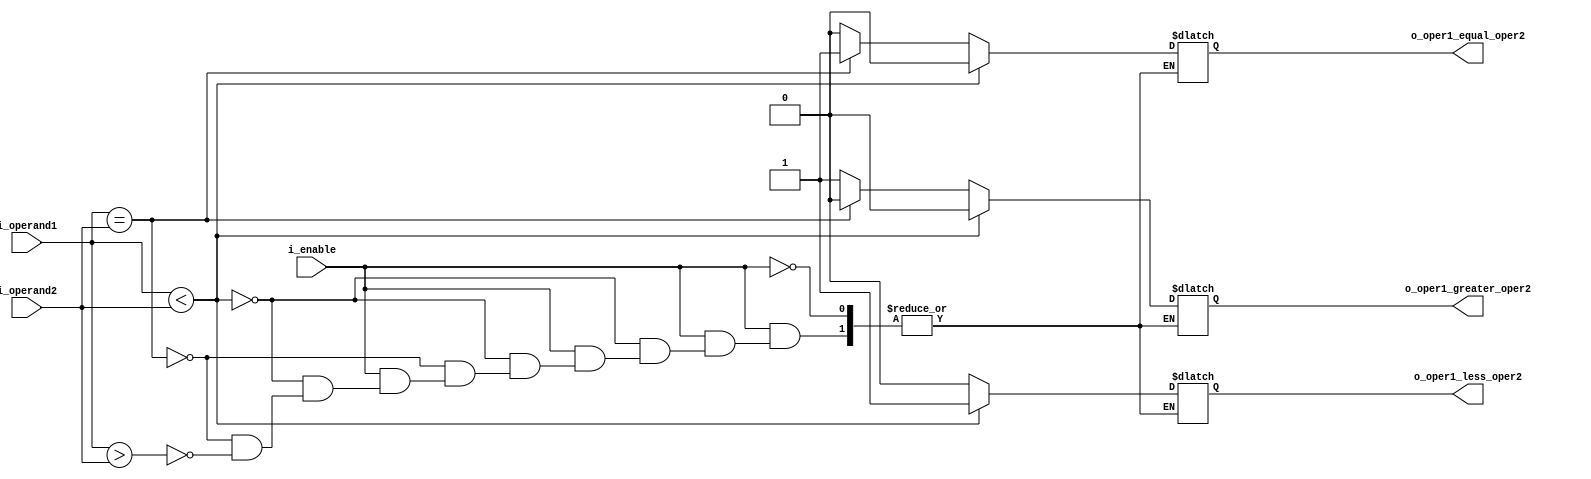
module COMPARATOR(
    input [3:0] i_operand1,
    input [3:0] i_operand2,
    input i_enable,
    output reg o_oper1_less_oper2,
    output reg o_oper1_equal_oper2,
    output reg o_oper1_greater_oper2
);

always @(*) begin
    if(i_enable) begin
        if(i_operand1 < i_operand2) begin
            o_oper1_equal_oper2 = 0;
            o_oper1_greater_oper2 = 0;
            o_oper1_less_oper2 = 1;
        end
        else if(i_operand1 == i_operand2) begin
            o_oper1_equal_oper2 = 1;
            o_oper1_greater_oper2 = 0;
            o_oper1_less_oper2 = 0;
        end
        else if(i_operand1 > i_operand2) begin
            o_oper1_equal_oper2 = 0;
            o_oper1_greater_oper2 = 1;
            o_oper1_less_oper2 = 0;
        end
    end
end

endmodule